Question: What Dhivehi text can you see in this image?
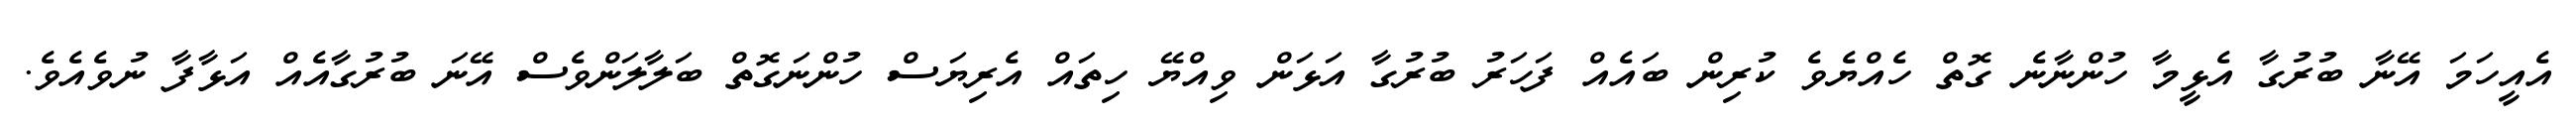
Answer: އެއީހަމަ އޭނާ ބުރުގާ އެޅީމާ ހުންނާނެ ގޮތް ހެއްޔެވެ ކުރިން ބައެއް ފަހަރު ބުރުގާ އަޅަން ވިއްޔޭ ހިތައް އެރިޔަސް ހުންނަގޮތް ބަލާލަންވެސް އޭނަ ބުރުގާއެއް އަޅާފާ ނުވެއެވެ.